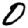
Digit: 0